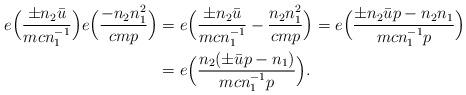
LaTeX: \begin{align*}e\Bigl( \frac{\pm n_2 \bar u}{m c n_1^{-1}} \Bigr) e\Bigl( \frac{-n_2 n_1^2}{c m p} \Bigr) &= e \Bigl( \frac{\pm n_2 \bar u}{m c n_1^{-1}} - \frac{n_2 n_1^2}{c m p} \Bigr) = e \Bigl( \frac{\pm n_2 \bar u p - n_2 n_1}{m c n_1^{-1} p} \Bigr) \\&= e\Bigl( \frac{n_2 (\pm \bar u p - n_1)}{m c n_1^{-1} p} \Bigr).\end{align*}